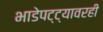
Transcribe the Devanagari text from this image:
भाडेपट्ट्यावरही